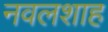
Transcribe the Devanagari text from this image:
नवलशाह